Regulations for the medical services of the Army of India
Year: 1930
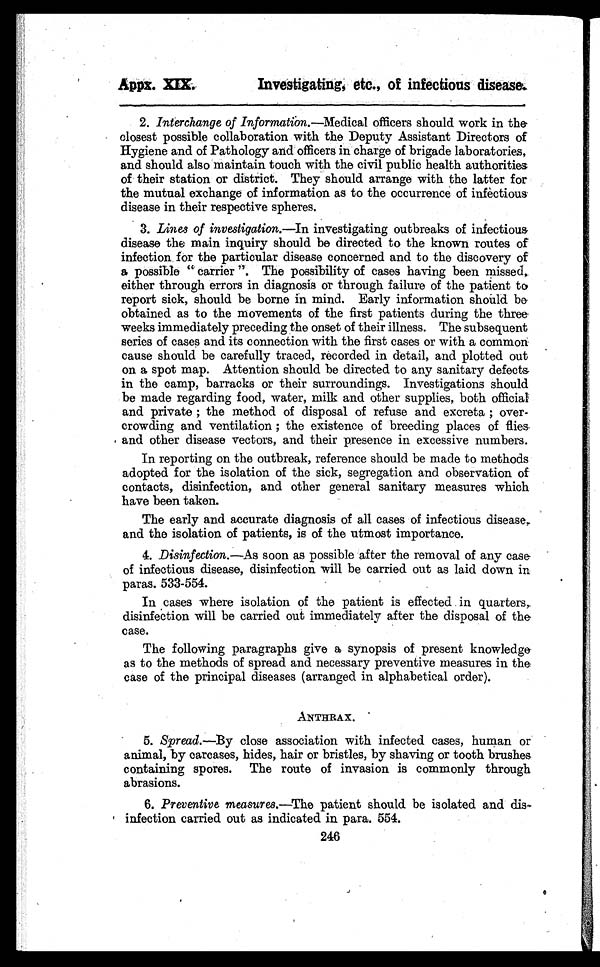
App. XIX.
Investigating, etc., of infectious disease.
2. Interchange of Information .—Medical officers should work in the
closest possible collaboration with the Deputy Assistant Directors of
Hygiene and of Pathology and officers in charge of brigade laboratories,
and should also maintain touch with the civil public health authorities
of their station or district. They should arrange with the latter for
the mutual exchange of information as to the occurrence of infectious
disease in their respective spheres.
3. Lines of investigation.—In investigating outbreaks of infectious
disease the main inquiry should be directed to the known routes of
infection for the particular disease concerned and to the discovery of
a possible " carrier ". The possibility of cases having been missed,
either through errors in diagnosis or through failure of the patient to
report sick, should be borne in mind. Early information should be
obtained as to the movements of the first patients during the three.
weeks immediately preceding the onset of their illness. The subsequent
series of cases and its connection with the first cases or with a common
cause should be carefully traced, recorded in detail, and plotted out
on a spot map. Attention should be directed to any sanitary defects,
in the camp, barracks or their surroundings. Investigations should
be made regarding food, water, milk and other supplies, both official
and private ; the method of disposal of refuse and excreta ; over-
crowding and ventilation ; the existence of breeding places of flies.
and other disease vectors, and their presence in excessive numbers.
In reporting on the outbreak, reference should be made to methods
adopted for the isolation of the sick, segregation and observation of
contacts, disinfection, and other general sanitary measures which
have been taken.
The early and accurate diagnosis of all cases of infectious disease,
and the isolation of patients, is of the utmost importance.
4. Disinfection.—As soon as possible after the removal of any case
of infectious disease, disinfection will be carried out as laid down in
paras. 533-554.
In cases where isolation of the patient is effected in quarters,.
disinfection will be carried out immediately after the disposal of the
case.
The following paragraphs give a synopsis of present knowledge
as to the methods of spread and necessary preventive measures in the
case of the principal diseases (arranged in alphabetical order).
ANTHRAX,
5. Spread.—By close association with infected cases, human or
animal, by carcases, hides, hair or bristles, by shaving or tooth brushes
containing spores. The route of invasion is commonly through
abrasions.
6. Preventive measures.—The patient should be isolated and
dis- infection carried out as indicated in para. 554.
246